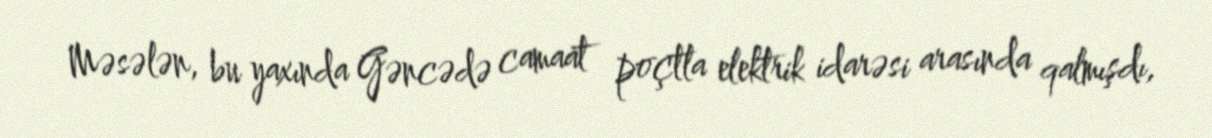
Məsələn, bu yaxında Gəncədə camaat poçtla elektrik idarəsi arasında qalmışdı,